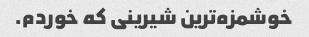
خوشمزه‌ترین شیرینی که خوردم.